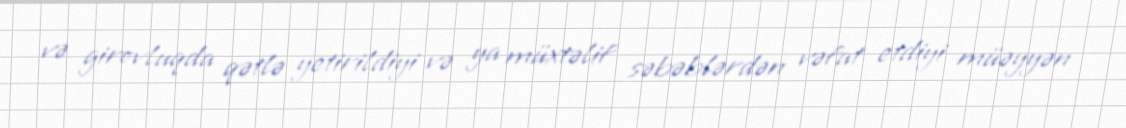
və girovluqda qətlə yetirildiyi və ya müxtəlif səbəblərdən vəfat etdiyi müəyyən